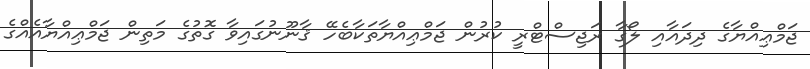
ޖަމްޢިއްޔާގެ ދިދައާއި ލޯގާ ރަޖިސްޓްރީ ކުރުން ޖަމްޢިއްޔާތަކާބެހޭ ޤާނޫނުގައިވާ ގޮތުގެ މަތިން ޖަމްޢިއްޔާއެއްގެ